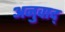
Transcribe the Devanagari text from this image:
अनुवाद्